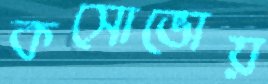
কসোভোয়